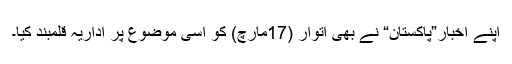
اپنے اخبار”پاکستان“ نے بھی اتوار (17مارچ) کو اسی موضوع پر اداریہ قلمبند کیا۔